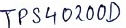
Text: TPS40200D